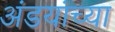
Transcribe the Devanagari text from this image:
अंडयांच्या